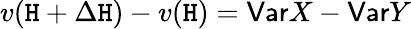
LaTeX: v(\mathtt{H}+\Delta\mathtt{H})-v(\mathtt{H})=\mathsf{{Var}}X-\mathsf{{Var}}Y